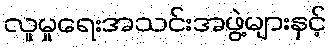
လူမှုရေးအသင်းအဖွဲ့များနှင့်